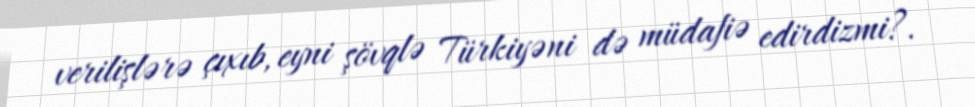
verilişlərə çıxıb, eyni şövqlə Türkiyəni də müdafiə edirdizmi?.